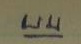
บน